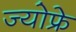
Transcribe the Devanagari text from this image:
ज्योफ्रे